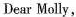
Dear Molly,